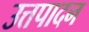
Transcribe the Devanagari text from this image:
उत्तपादन